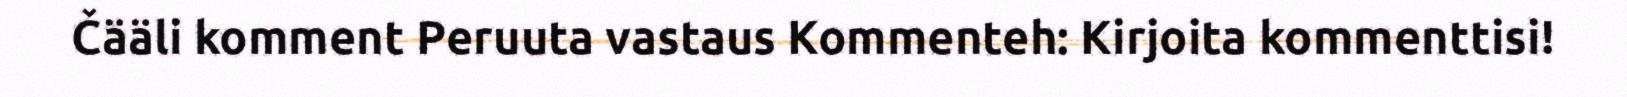
Čääli komment Peruuta vastaus Kommenteh: Kirjoita kommenttisi!